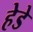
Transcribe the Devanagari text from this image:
हेडे